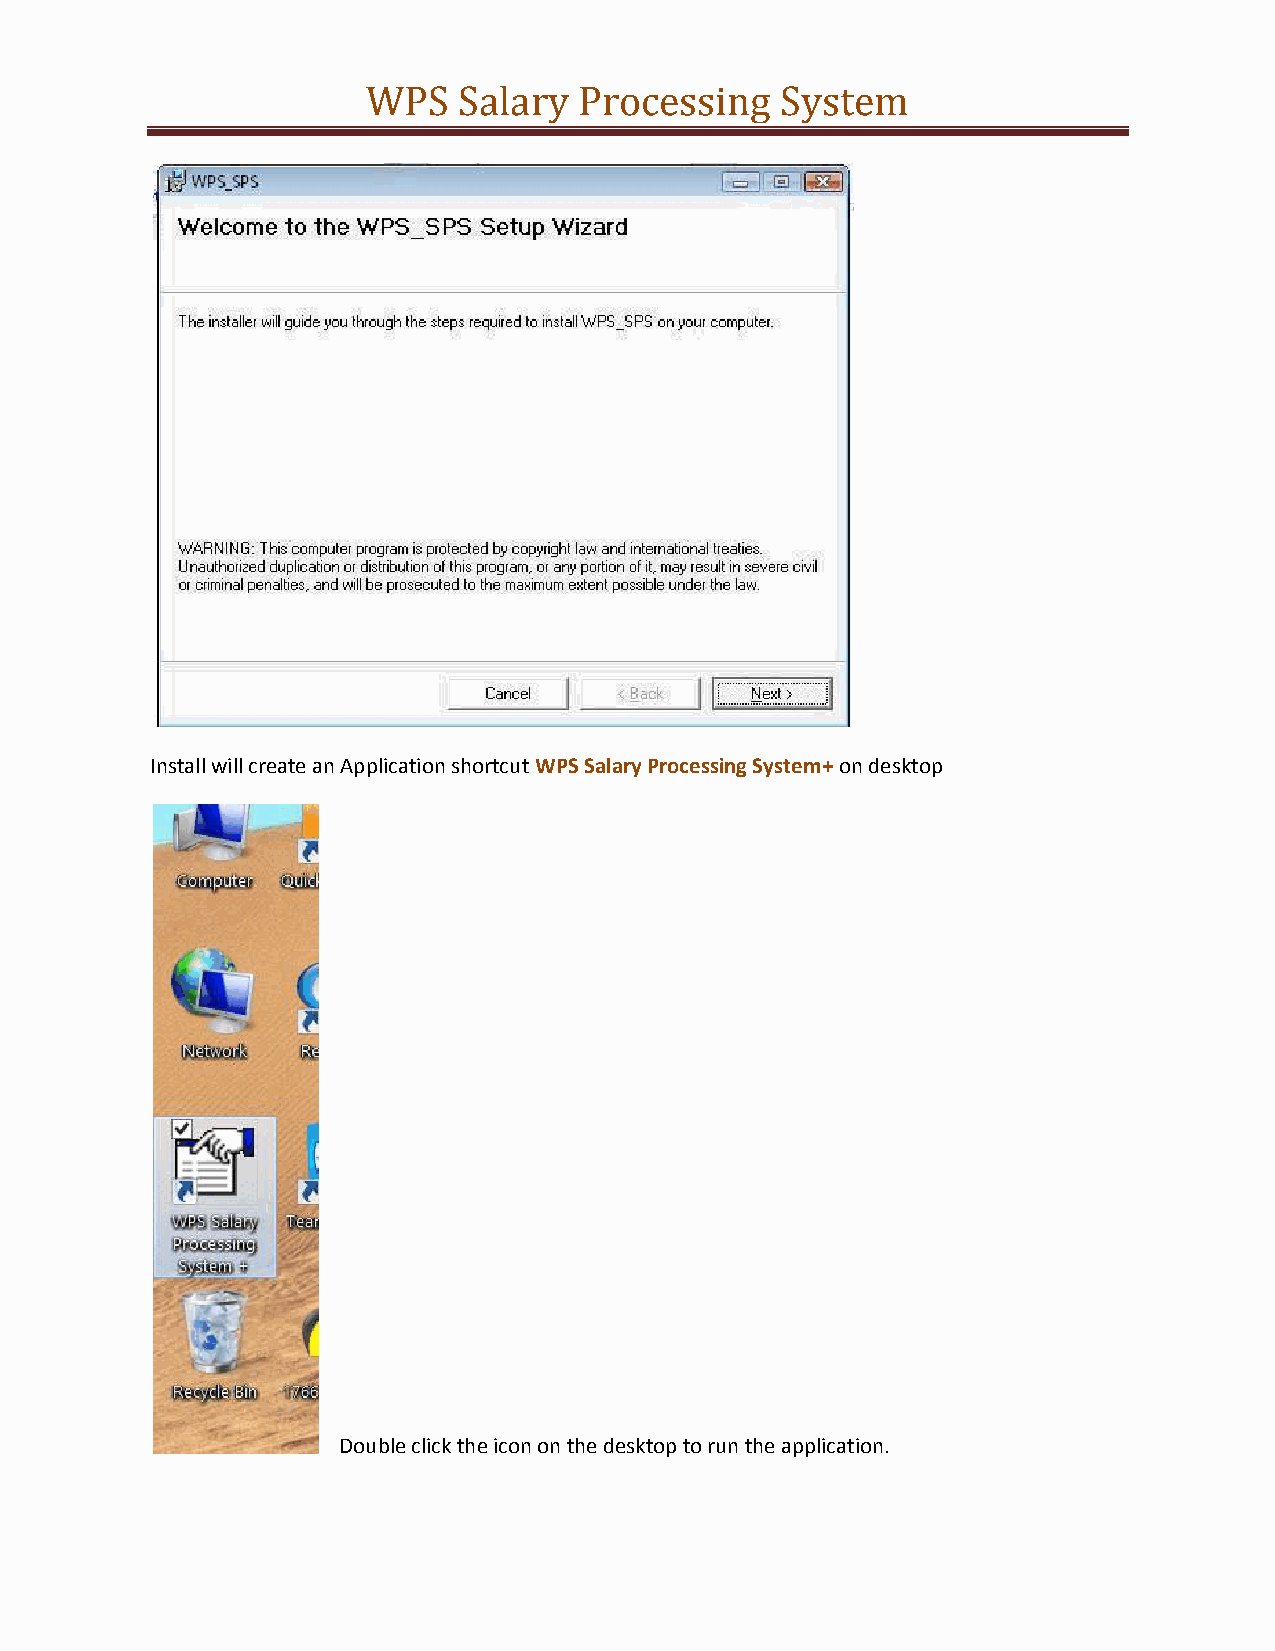
WPS   Salary  Processing    System
 Install will create an Application shortcut WPS Salary Processing System+ on desktop
 Double click the icon on the desktop to run the application.